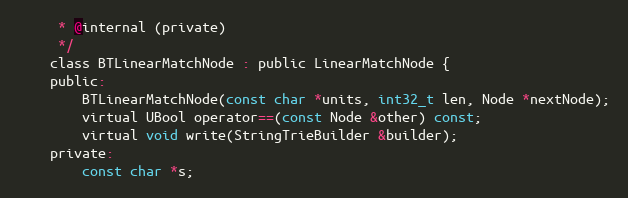
Language: C
     * @internal (private)
     */
    class BTLinearMatchNode : public LinearMatchNode {
    public:
        BTLinearMatchNode(const char *units, int32_t len, Node *nextNode);
        virtual UBool operator==(const Node &other) const;
        virtual void write(StringTrieBuilder &builder);
    private:
        const char *s;